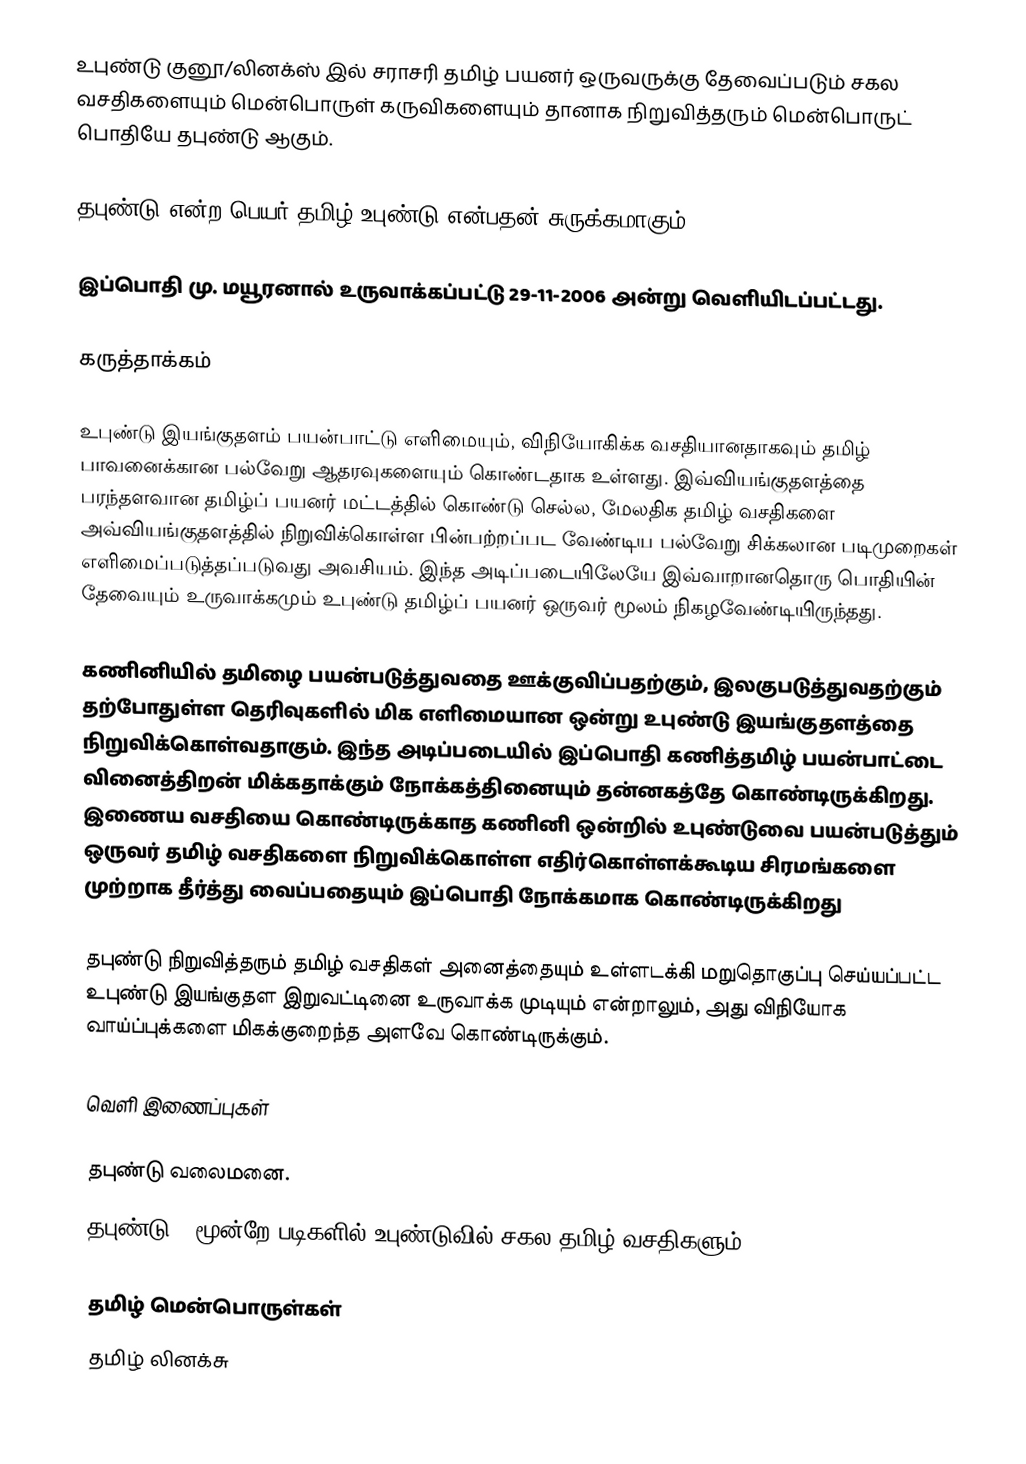
உபுண்டு குனூ/லினக்ஸ் இல் சராசரி தமிழ் பயனர் ஒருவருக்கு தேவைப்படும் சகல வசதிகளையும் மென்பொருள் கருவிகளையும் தானாக நிறுவித்தரும் மென்பொருட் பொதியே தபுண்டு ஆகும்.

தபுண்டு என்ற பெயர் தமிழ் உபுண்டு என்பதன் சுருக்கமாகும்.

இப்பொதி மு. மயூரனால் உருவாக்கப்பட்டு 29-11-2006 அன்று வெளியிடப்பட்டது.

கருத்தாக்கம்

உபுண்டு இயங்குதளம் பயன்பாட்டு எளிமையும், விநியோகிக்க வசதியானதாகவும்  தமிழ் பாவனைக்கான பல்வேறு ஆதரவுகளையும் கொண்டதாக உள்ளது. இவ்வியங்குதளத்தை  பரந்தளவான தமிழ்ப் பயனர் மட்டத்தில் கொண்டு செல்ல, மேலதிக தமிழ் வசதிகளை அவ்வியங்குதளத்தில் நிறுவிக்கொள்ள பின்பற்றப்பட வேண்டிய பல்வேறு சிக்கலான படிமுறைகள் எளிமைப்படுத்தப்படுவது அவசியம். இந்த அடிப்படையிலேயே இவ்வாறானதொரு பொதியின் தேவையும் உருவாக்கமும் உபுண்டு தமிழ்ப் பயனர் ஒருவர் மூலம்  நிகழவேண்டியிருந்தது.

கணினியில் தமிழை பயன்படுத்துவதை ஊக்குவிப்பதற்கும், இலகுபடுத்துவதற்கும் தற்போதுள்ள தெரிவுகளில் மிக எளிமையான ஒன்று உபுண்டு இயங்குதளத்தை நிறுவிக்கொள்வதாகும். இந்த அடிப்படையில் இப்பொதி கணித்தமிழ் பயன்பாட்டை வினைத்திறன் மிக்கதாக்கும் நோக்கத்தினையும் தன்னகத்தே கொண்டிருக்கிறது. இணைய வசதியை கொண்டிருக்காத கணினி ஒன்றில் உபுண்டுவை பயன்படுத்தும் ஒருவர் தமிழ் வசதிகளை நிறுவிக்கொள்ள எதிர்கொள்ளக்கூடிய சிரமங்களை முற்றாக தீர்த்து வைப்பதையும் இப்பொதி நோக்கமாக கொண்டிருக்கிறது

தபுண்டு நிறுவித்தரும் தமிழ் வசதிகள் அனைத்தையும் உள்ளடக்கி மறுதொகுப்பு செய்யப்பட்ட உபுண்டு இயங்குதள இறுவட்டினை உருவாக்க முடியும் என்றாலும், அது விநியோக வாய்ப்புக்களை மிகக்குறைந்த அளவே கொண்டிருக்கும்.

வெளி இணைப்புகள்

 தபுண்டு வலைமனை.
தபுண்டு - மூன்றே படிகளில் உபுண்டுவில் சகல தமிழ் வசதிகளும்

தமிழ் மென்பொருள்கள்
தமிழ் லினக்சு